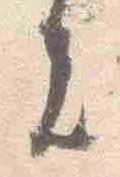
者